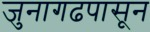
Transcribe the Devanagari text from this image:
जुनागढपासून